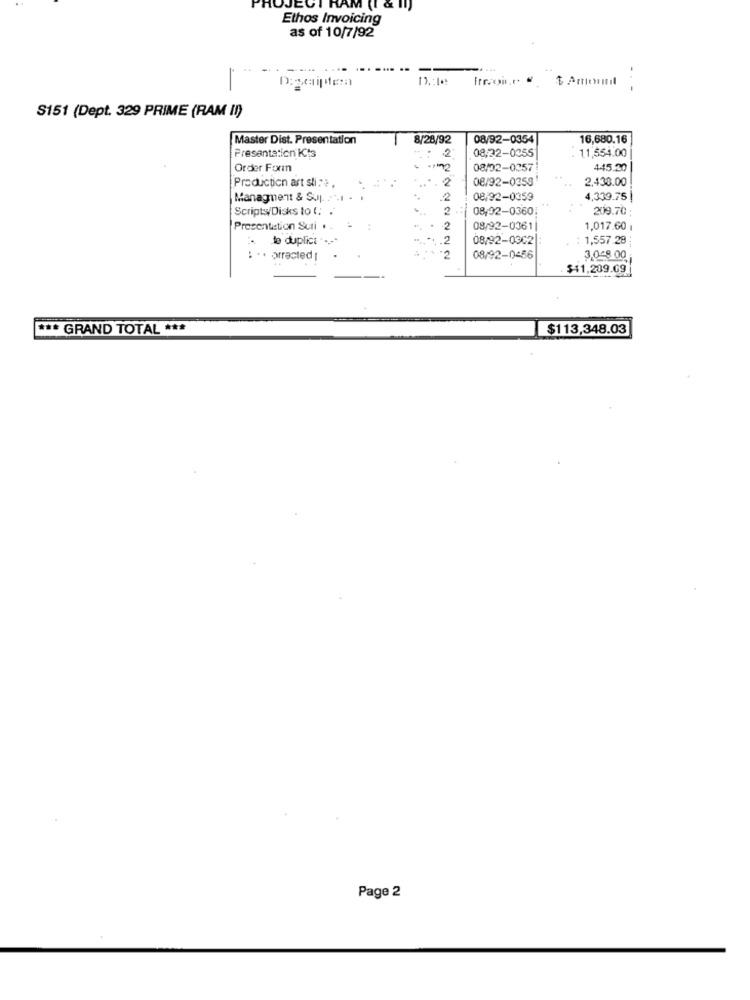
OJEGI
AM (I
Ethos Invoicing
as of 10/7/92
Foie " $ Amount
-
S151 (Dept. 329 PRIME (RAM II)
Master Dist. Presentation
8/28/92
08/92-0354
16,680.16
2
11,554.00
Presentation Its
08,22-0255
Order Form
2
08/02-0357
445.20
2
08/92-0353
2,438.00
Production art sti :* .
Managment & Sup. 2.1
2
08/92-0359
4,339.75 |
Scripts/Disks to (. .
2
08/02-0360;
209.70 ;
Presentation Suti . .
2
08/92-0361
1,017.60 1
to duplica ....
.2
08/92-0302 :
1,557.29
· orracted
2
08/92-0456
3.0 8 00
*** GRAND TOTAL ***
$113,348.03
Page 2